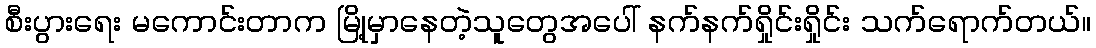
စီးပွားရေး မကောင်းတာက မြို့မှာနေတဲ့သူတွေအပေါ် နက်နက်ရှိုင်းရှိုင်း သက်ရောက်တယ်။